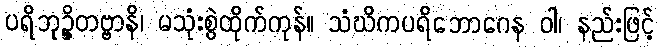
ပရိဘုဉ္ဇိတဗ္ဗာနိ၊ မသုံးစွဲထိုက်ကုန်။ သံဃိကပရိဘောဂေန ဝါ၊ နည်းဖြင့်